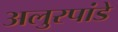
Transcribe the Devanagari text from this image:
अलुरपांडे